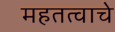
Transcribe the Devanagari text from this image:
महतत्वाचे